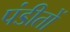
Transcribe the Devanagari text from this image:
पंडीतों